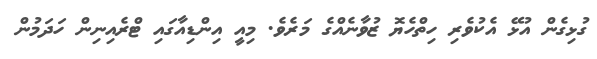
ގުޅިގެން އުޅޭ އެކުވެރި ހިތްހެޔޮ ޒުވާނެއްގެ މަރެވެ. މިއީ އިންޑިއާގައި ޓްރެއިނިން ހަދަމުން